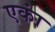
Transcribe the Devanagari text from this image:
एकां